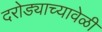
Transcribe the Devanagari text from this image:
दरोड्याच्यावेळी